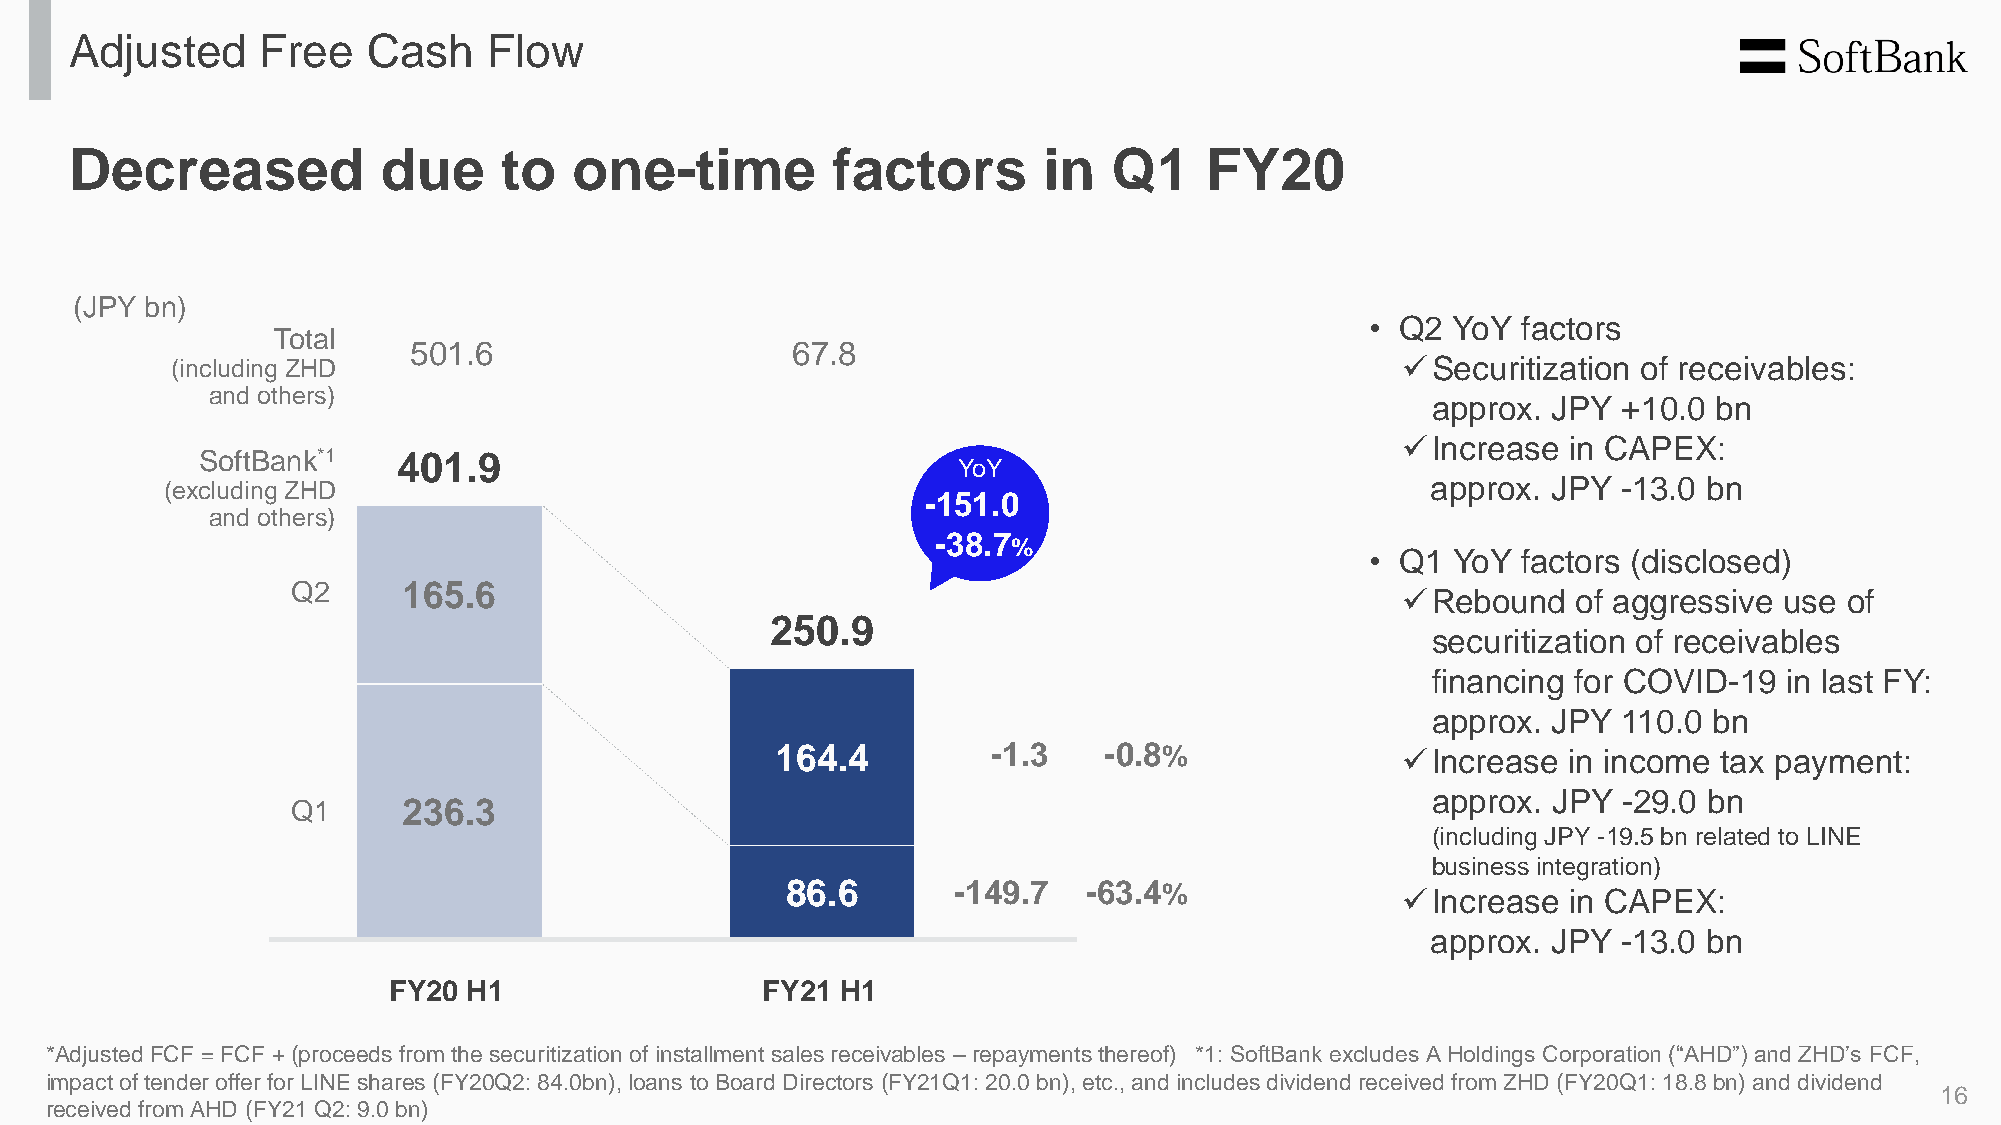
Adjusted    Free   Cash    Flow
 Decreased           due     to   one-time         factors       in   Q1    FY20
 (JPY bn)
 • Q2 YoY  factors
 Total
 501.6                    67.8
 (including ZHD                                                                    ✓Securitization of receivables:
 and others)
 approx. JPY +10.0  bn
 ✓Increase  in CAPEX:
 SoftBank*1   401.9
 YoY
 (excluding ZHD                                                                      approx. JPY -13.0 bn
 -151.0
 _
 and others)
 -38.7
 %
 • Q1 YoY  factors (disclosed)
 Q2      165.6
 ✓Rebound   of aggressive use of
 250.9
 securitization of receivables
 financing for COVID-19 in last FY:
 approx. JPY 110.0 bn
 164.4          -1.3   -0.8%               ✓Increase  in income tax payment:
 approx. JPY -29.0 bn
 Q1      236.3
 (including JPY -19.5 bn related to LINE
 business integration)
 86.6       -149.7   -63.4%
 ✓Increase  in CAPEX:
 approx. JPY -13.0 bn
 FY20 H1                 FY21  H1
 *Adjusted FCF = FCF + (proceeds from the securitization of installment sales receivables – repayments thereof) *1: SoftBank excludes A Holdings Corporation (“AHD”) and ZHD’s FCF,
 impact of tender offer for LINE shares (FY20Q2: 84.0bn), loans to Board Directors (FY21Q1: 20.0 bn), etc., and includes dividend received from ZHD (FY20Q1: 18.8 bn) and dividend
 16
 received from AHD (FY21 Q2: 9.0 bn)